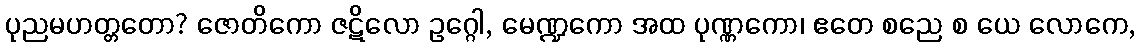
ပုညမဟတ္တတော? ဇောတိကော ဇဋိလော ဥဂ္ဂေါ, မေဏ္ဍကော အထ ပုဏ္ဏကော၊ ဧတေ စညေ စ ယေ လောကေ,